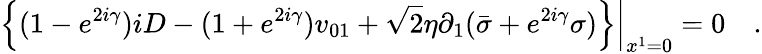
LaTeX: \left.\left\{ (1-e^{2i\gamma})iD-(1+e^{2i\gamma})v_{01}+{\sqrt 2}\eta\partial_{1}({\bar{\sigma}}+e^{2i\gamma}\sigma)\right\} \right|_{x^{1}=0}=0\quad.